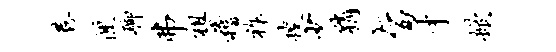
巷匣聊弗祖稽祚搜少稍旨才掀